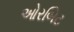
ઓરબિટ